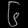
Digit: ၆